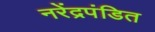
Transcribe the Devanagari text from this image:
नरेंद्रपंडित